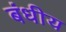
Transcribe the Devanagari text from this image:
बंधीय